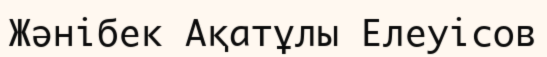
Жәнібек Ақатұлы Елеуісов